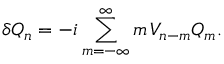
\delta Q _ { n } = - i \sum _ { m = - \infty } ^ { \infty } m \, V _ { n - m } Q _ { m } .